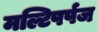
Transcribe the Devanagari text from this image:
मल्टिपर्पज